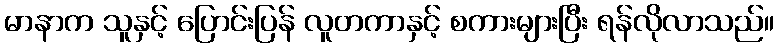
မာနာက သူနှင့် ပြောင်းပြန် လူတကာနှင့် စကားများပြီး ရန်လိုလာသည်။